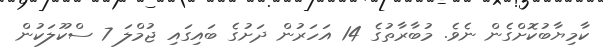
ކާމިޔާބުކޮށްގެން ނެވެ. މުބާރާތުގެ 14 އަހަރުން ދަށުގެ ބައިގައި ޖުމްލަ 7 ސްކޫލަކުން